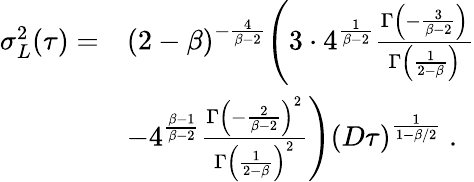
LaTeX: \begin{array}{rl}{\sigma_{L}^{2}(\tau)=}&{(2-\beta)^{-\frac{4}{\beta-2}}\Bigg(3\cdot 4^{\frac{1}{\beta-2}}\frac{\Gamma\left(-\frac{3}{\beta-2}\right)}{\Gamma\left(\frac{1}{2-\beta}\right)}}\\ &{-4^{\frac{\beta-1}{\beta-2}}\frac{\Gamma\left(-\frac{2}{\beta-2}\right)^{2}}{\Gamma\left(\frac{1}{2-\beta}\right)^{2}}\Bigg)(D\tau)^{\frac{1}{1-\beta/2}}\ .}\end{array}